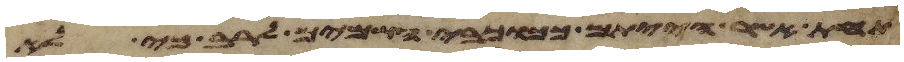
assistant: תחת אשר הייתם ככוכבי השמים לרב כי לא